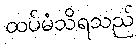
ထပ်မံသိရသည်